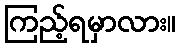
ကြည့်ရမှာလား။